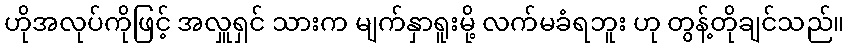
ဟိုအလုပ်ကိုဖြင့် အလှူရှင် သားက မျက်နှာရူးမို့ လက်မခံရဘူး ဟု တွန့်တိုချင်သည်။